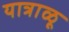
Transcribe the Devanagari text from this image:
यात्राळू